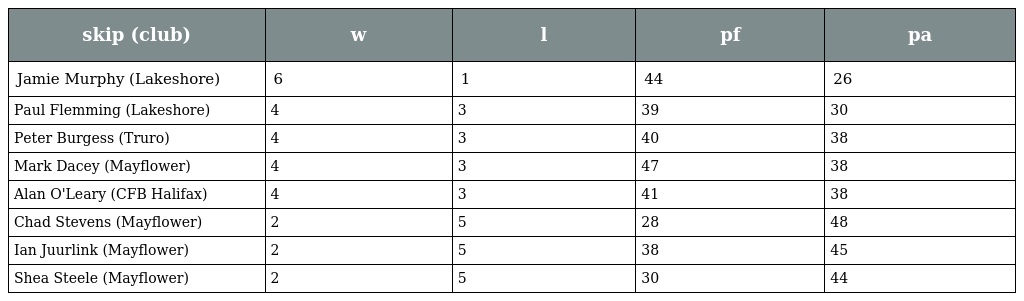
| skip (club) | w | l | pf | pa |
 | --- | --- | --- | --- | --- |
 | Jamie Murphy (Lakeshore) | 6 | 1 | 44 | 26 |
 | Paul Flemming (Lakeshore) | 4 | 3 | 39 | 30 |
 | Peter Burgess (Truro) | 4 | 3 | 40 | 38 |
 | Mark Dacey (Mayflower) | 4 | 3 | 47 | 38 |
 | Alan O'Leary (CFB Halifax) | 4 | 3 | 41 | 38 |
 | Chad Stevens (Mayflower) | 2 | 5 | 28 | 48 |
 | Ian Juurlink (Mayflower) | 2 | 5 | 38 | 45 |
 | Shea Steele (Mayflower) | 2 | 5 | 30 | 44 |